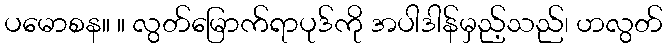
ပမောစန။ ။ လွတ်မြောက်ရာပုဒ်ကို အပါဒါန်မှည့်သည်၊ ဟလွတ်